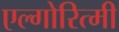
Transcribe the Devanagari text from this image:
एल्गोरित्मी